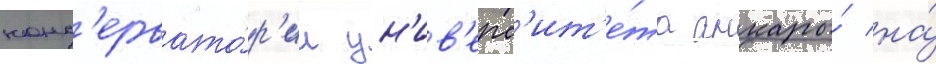
конс'ервато́р'ии ун'ив'ерс'ит'е́та анкары́ на́